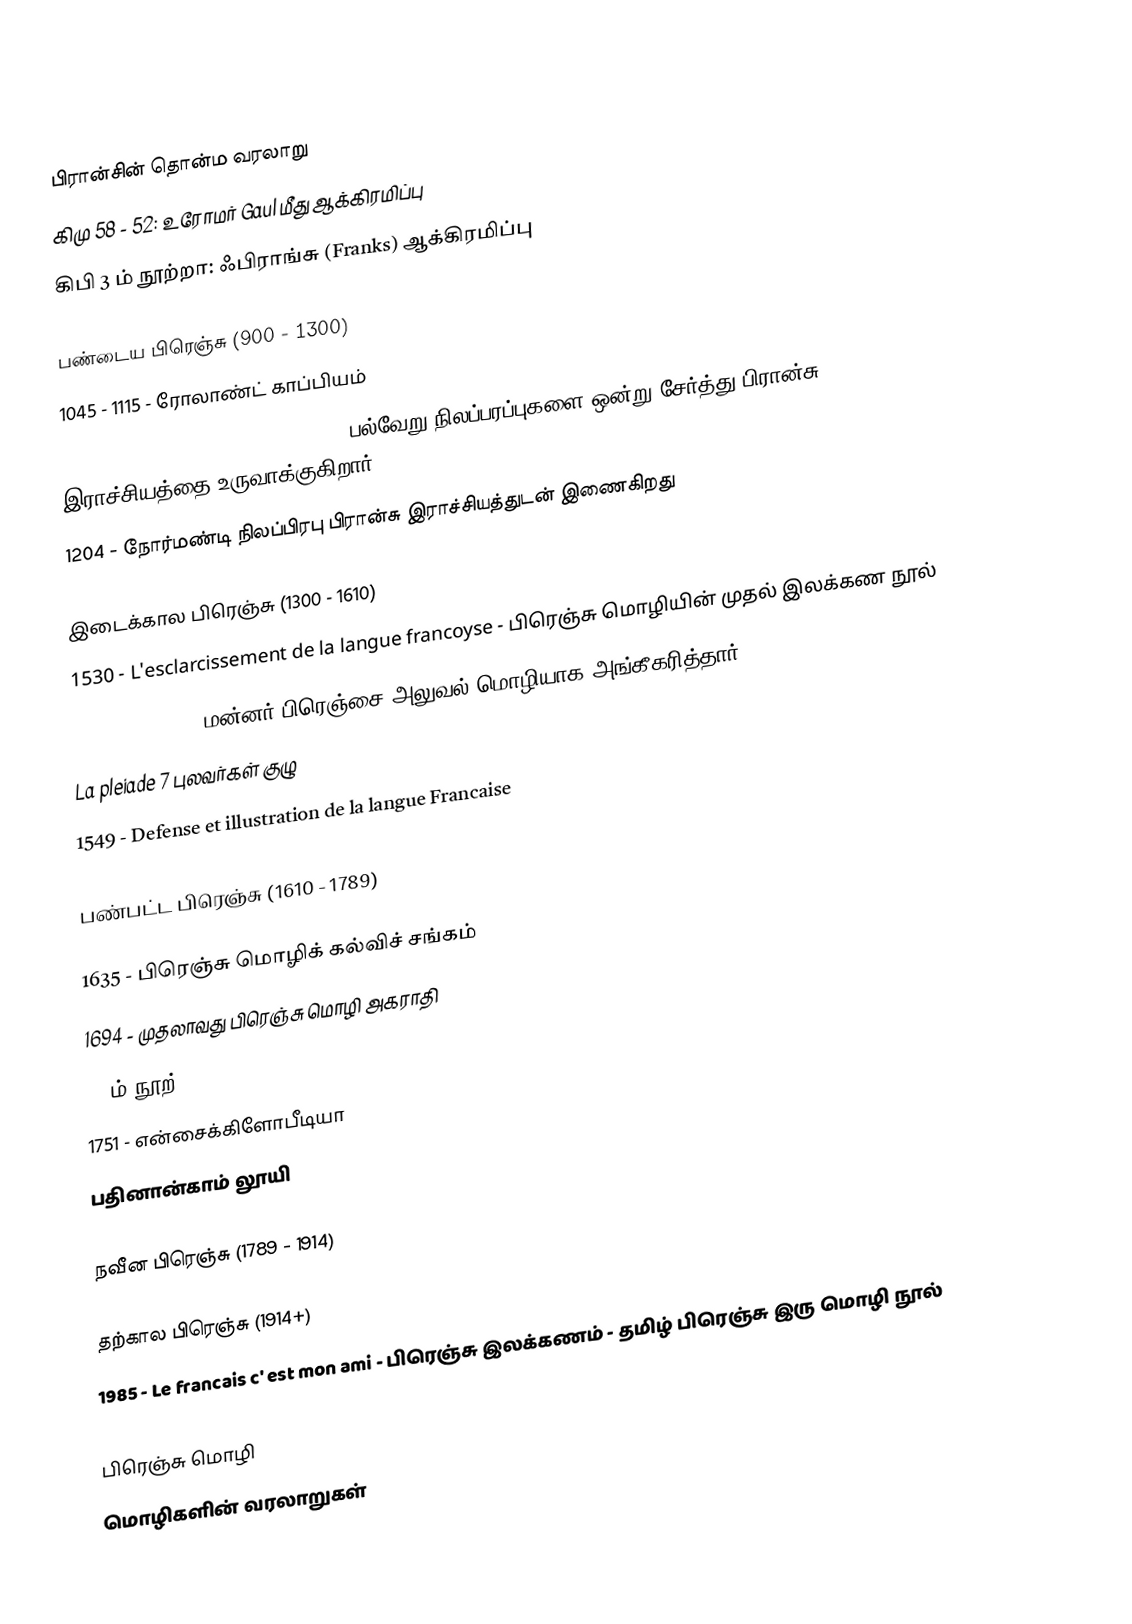

பிரான்சின் தொன்ம வரலாறு
 கிமு 58 - 52: உரோமர் Gaul மீது ஆக்கிரமிப்பு
 கிபி 3 ம் நூற்றா: ஃபிராங்சு (Franks) ஆக்கிரமிப்பு

பண்டைய பிரெஞ்சு (900 - 1300)
 1045 - 1115 - ரோலாண்ட் காப்பியம்
 1165 – 1223: Philip II of France - பல்வேறு நிலப்பரப்புகளை ஒன்று சேர்த்து பிரான்சு இராச்சியத்தை உருவாக்குகிறார்
 1204 - நோர்மண்டி நிலப்பிரபு பிரான்சு இராச்சியத்துடன் இணைகிறது

இடைக்கால பிரெஞ்சு (1300 - 1610)
 1530 - L'esclarcissement de la langue francoyse - பிரெஞ்சு மொழியின் முதல் இலக்கண நூல்
 1539 - Francois மன்னர் பிரெஞ்சை அலுவல் மொழியாக அங்கீகரித்தார்
 La pleiade 7 புலவர்கள் குழு
 1549 - Defense et illustration de la langue Francaise

பண்பட்ட பிரெஞ்சு (1610 - 1789)

 1635 - பிரெஞ்சு மொழிக் கல்விச் சங்கம்
 1694 - முதலாவது பிரெஞ்சு மொழி அகராதி
 17 ம் நூற்: Grammaire Generale et Raisonnee
 1751 - என்சைக்கிளோபீடியா
 பதினான்காம் லூயி

நவீன பிரெஞ்சு (1789 - 1914)

தற்கால பிரெஞ்சு (1914+)
 1985 - Le francais c' est mon ami - பிரெஞ்சு இலக்கணம் - தமிழ் பிரெஞ்சு இரு மொழி நூல்

பிரெஞ்சு மொழி
மொழிகளின் வரலாறுகள்